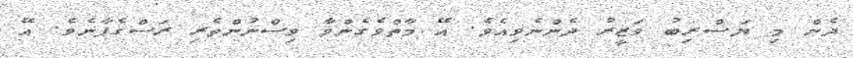
ދެން މި ޔަސްރިބު ވަޒީރު ދެންނެވިއެވެ. އޭ މާތްވެގެންވާ ވިސްނުންތެރި ރަސްގެފާނެވެ. އޭ